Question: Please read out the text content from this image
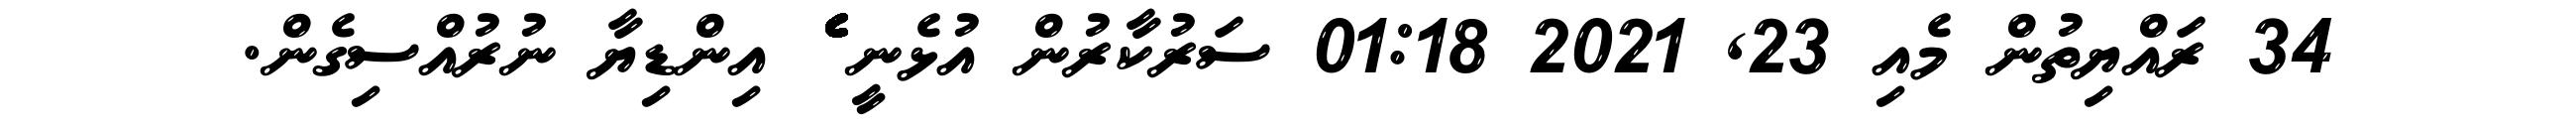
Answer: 34 ރައްޔިތުން މެއި 23, 2021 01:18 ސަރުކާރުން އުޅެނީ ެެެެެެެެެެެެެެެެެެެެެެެެެެެެެެެެެެެެެެެެެެެެެެެެެެެެެެެެެެެެެެެ އިންޑިޔާ ނުރުއްސިގެން.